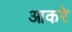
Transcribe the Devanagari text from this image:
आकरे